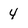
Character: 4